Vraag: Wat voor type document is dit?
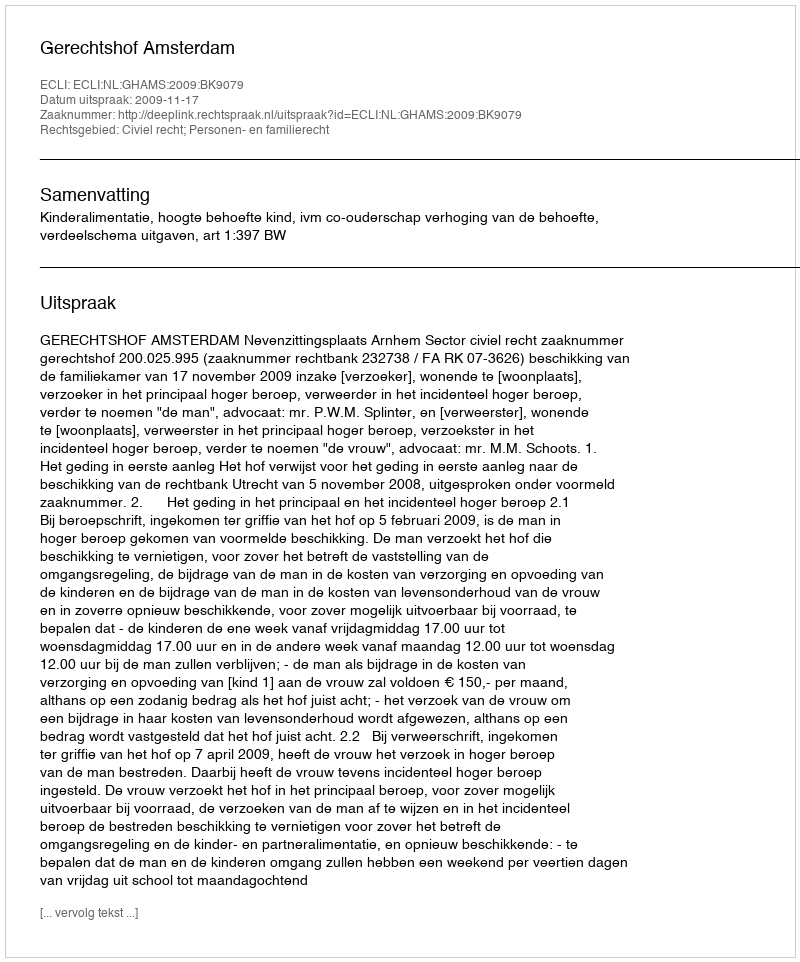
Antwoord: Uitspraak